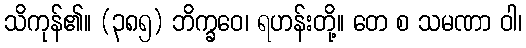
သိကုန်၏။ (၃၈၅) ဘိက္ခဝေ၊ ရဟန်းတို့။ တေ စ သမဏာ ဝါ၊